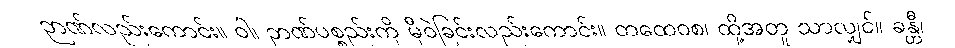
ဉာဏ်လည်းကောင်း။ ဝါ၊ ဉာဏ်ပစ္စည်းကို မှီဝဲခြင်းလည်းကောင်း။ တထေဝစ၊ ထို့အတူ သာလျှင်။ ခန္တီ၊